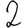
Digit: 2